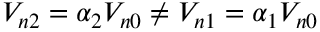
V _ { n 2 } = \alpha _ { 2 } V _ { n 0 } \ne V _ { n 1 } = \alpha _ { 1 } V _ { n 0 }